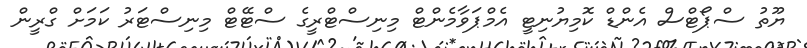
ޔޫތު ސްޕޯޓްސް އެންޑް ކޮމިޔުނިޓީ އެމްޕަވާމެންޓް މިނިސްޓްރީގެ ސްޓޭޓް މިނިސްޓަރު ކަމަށް ގްރީން